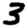
Digit: 3